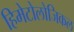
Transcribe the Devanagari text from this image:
हिमेटोलोजिकल